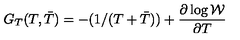
G _ { T } ( T , { \bar { T } } ) = - ( 1 / ( T + { \bar { T } } ) ) + \frac { \partial \log \cal W } { \partial T }